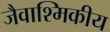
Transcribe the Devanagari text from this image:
जैवाश्मिकीय